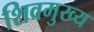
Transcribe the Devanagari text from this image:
शिवमुख्य